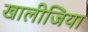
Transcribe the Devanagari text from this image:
खालीजिया